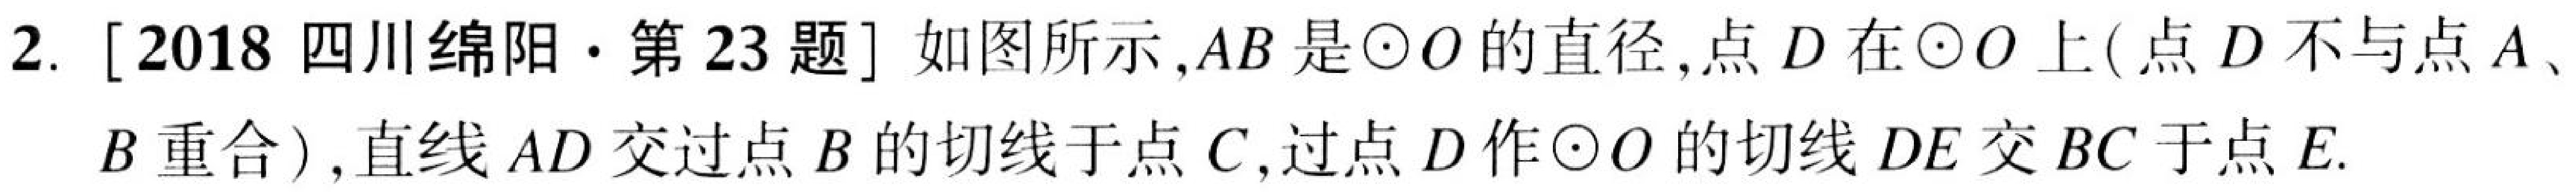
2. [2018 四川绵阳·第23题] 如图所示，\(AB\)是\(\odot O\)的直径，点\(D\)在\(\odot O\)上(点\(D\)不与点\(A\)、\(B\)重合)，直线\(AD\)交过点\(B\)的切线于点\(C\)，过点\(D\)作\(\odot O\)的切线\(DE\)交\(BC\)于点\(E\).